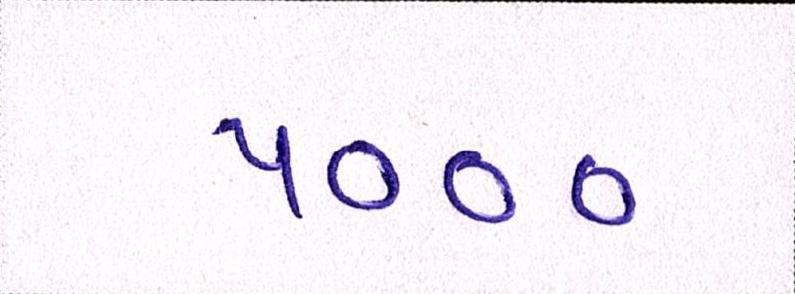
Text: ૫૦૦૦